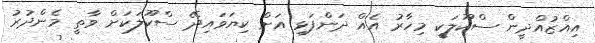
އިއްޒުއްދީން ސްކޫލަކީ މިހާރު އެއް ދަންފަޅި އަށް ކިޔަވައިދޭ ސްކޫލަކަށް ވާތީ މެންދުރު